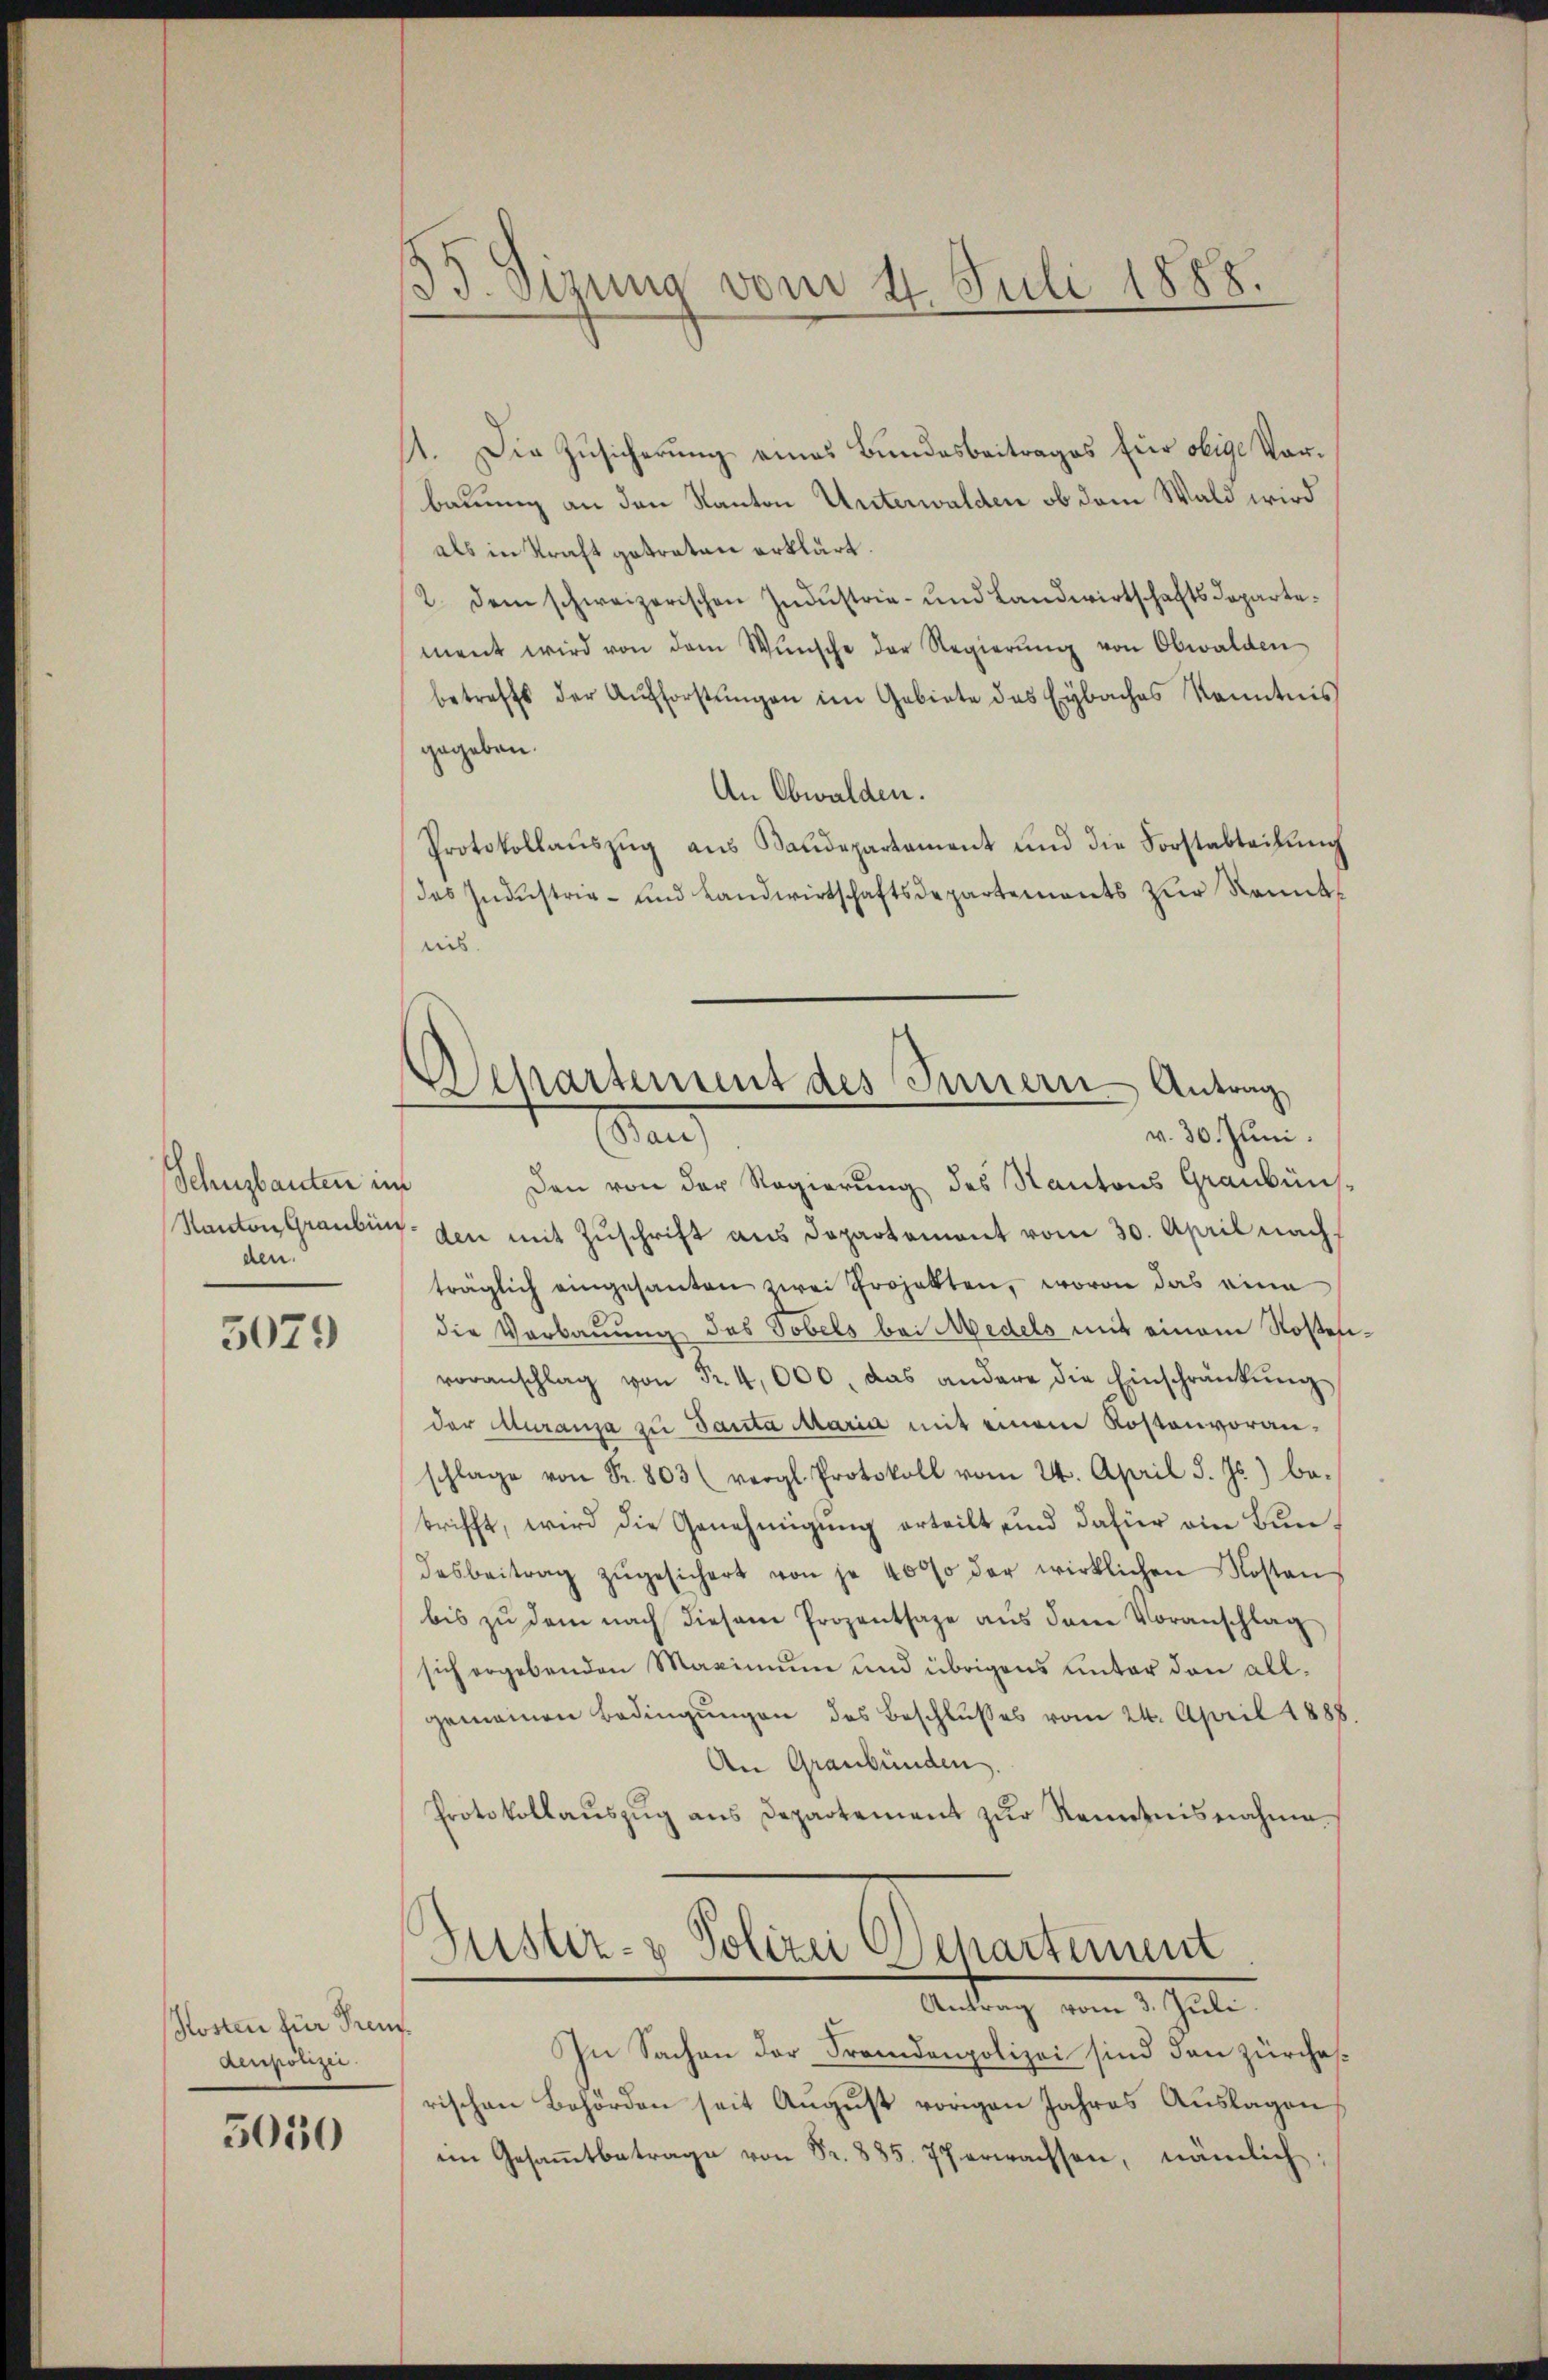
Schuzbauten im
chen.

3079

Kosten für Treu
denpolizei.

5050

135. Sizung vom 21. Juli 1888.

Departement des Innern - Antrag
Stand

11. Die Zusicherung eines Bundesbeitrages für obige Vorbauung an den Kanton Unterwalden ob dem Wald wird
als in Kraft getreten erklärt.
2. dem schweizerischen Industrie- und Landwirtschaftsdepartement wird von dem Wunsche der Regierŭng von Obwalden
betreffs der Aŭfforstŭngen im Gebiete des Eybaches Kenntnis
gegeben.
An Obwalden.
Protokollaŭszŭg aŭs Baudepartament und die Forstabteilŭng
das Indŭstrie- und Landwirtschaftsdepartements zŭr Kenntnies
v. 30. Juni.
Den von der Regierung des Kantons Graubüns¬
Kanton Graubünden mit Zŭschrift aus Departement vom 30. April nach.
träglich eingesanten zwei Projekten, wovon das eine
die Verbauung des Tobels bei Medels mit einem Rosenvoranschlag von Fr. 4,000, das andere die Einschränkung
der Muranza zu Santa Maria mit einem Kostenvoran-
schlage von Fr. 803 (vergl. Protokoll vom 24. April d. Js.) be-
trifft, wird die Genehmigung erteilt und dafür ein Bundesbeitrag zŭgesichert von je 4000 der wirklichen Kostan
bis zu dem nach diesem Prozentsage aus dem Voranschlag
sich ergebenden Maximum und übrigens unter den allgemeinen Bedingungen des Beschlusses vom 24. April 1888
An Graubünden.
Protokollaŭszŭg ans Departement zŭr Kenntnisnahme-
Justiz- & Polizei Departement
Antrag vom 1. Juli
In Sachen der Fremdenpolizei sind den zürcherischen Behörden seit August vorigen Jahres Auslagen
im Gesaṁtbetrage von Fr. 835. 77 erwachsen, nämlich